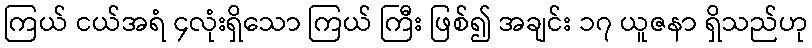
ကြယ် ငယ်အရံ ၄လုံးရှိသော ကြယ် ကြီး ဖြစ်၍ အချင်း ၁၇ ယူဇနာ ရှိသည်ဟု